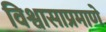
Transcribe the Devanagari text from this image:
विश्वासाप्रमाणे